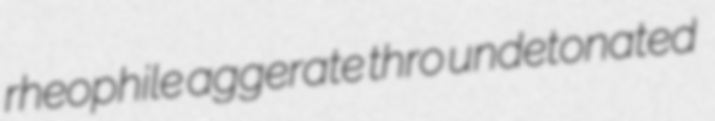
rheophile aggerate thro undetonated